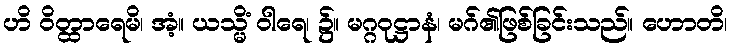
ဟိ ဝိတ္ထာရေမိ၊ အံ့။ ယသ္မိံ ဝါရေ၊ ၌။ မဂ္ဂဝုဋ္ဌာနံ၊ မဂ်၏ဖြစ်ခြင်းသည်။ ဟောတိ၊